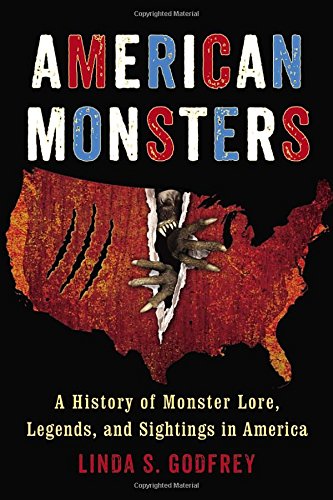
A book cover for American Monsters: A History of Monster Lore, Legends, and Sightings in America; Linda S. Godfrey; Religion & Spirituality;